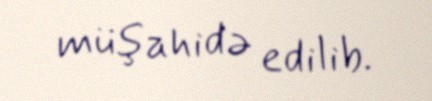
müşahidə edilib.